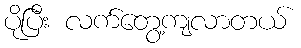
ပိုပြီး လက်တွေ့ကျလာတယ်